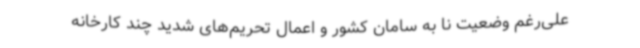
علی‌رغم وضعیت نا به سامان کشور و اعمال تحریم‌های شدید چند کارخانه